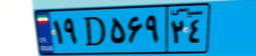
۱۹D۵۶۹۲۴